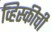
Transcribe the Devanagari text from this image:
व्हिस्कीची